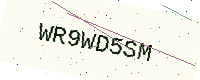
Text: WR9WD5SM